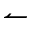
\leftharpoonup